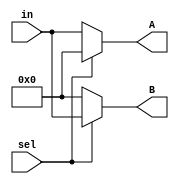
module demux_1to2(

	input sel,
	input [7:0] in,

	output[7:0] A, B

);
	assign A = sel ? 8'b0 : in;
	assign B = sel ? in : 8'b0;
	

endmodule